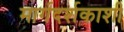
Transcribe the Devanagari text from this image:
मार्गदर्शकाशी